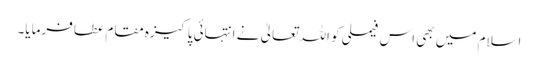
اسلام میں بھی اس فیملی کو اللہ تعالیٰ نے انتہائی پاکیزہ مقام عطا فرمایا۔